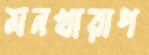
মনখারাপ